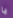
يا